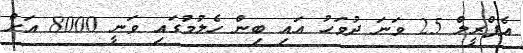
އެޕްރީލް 25 ވަނަ ދުވަހު އައި ބިން ހެލުމުގައި ވަނީ 8000 އަށް